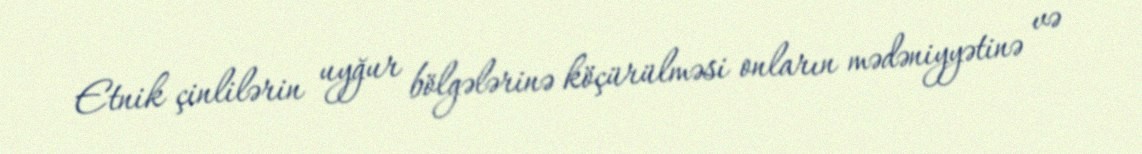
Etnik çinlilərin uyğur bölgələrinə köçürülməsi onların mədəniyyətinə və